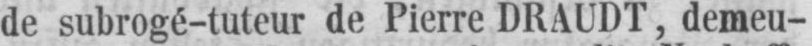
se subrogé-tuteur de Pierre DRAUDT, demeu-